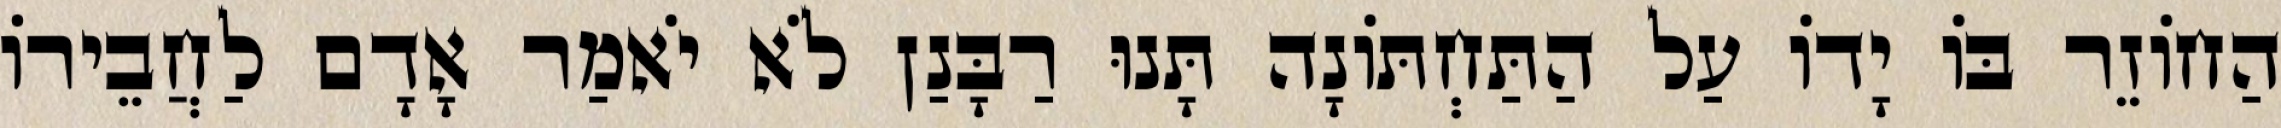
הַחוֹזֵר בּוֹ יָדוֹ עַל הַתַּחְתּוֹנָה תָּנוּ רַבָּנַן לֹא יֹאמַר אָדָם לַחֲבֵירוֹ